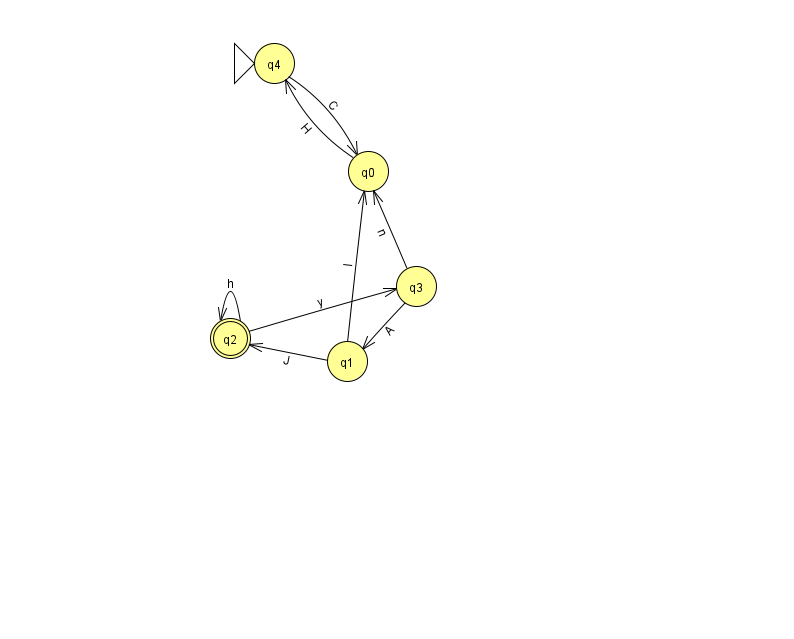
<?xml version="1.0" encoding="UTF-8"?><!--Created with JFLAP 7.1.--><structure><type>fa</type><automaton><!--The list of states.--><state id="0" name="q0"><x>368.0</x><y>158.0</y></state><state id="1" name="q1"><x>347.0</x><y>348.0</y></state><state id="2" name="q2"><x>230.0</x><y>325.0</y><final/></state><state id="3" name="q3"><x>416.0</x><y>273.0</y></state><state id="4" name="q4"><x>274.0</x><y>50.0</y><initial/></state><!--The list of transitions.--><transition><from>0</from><to>4</to><read>H</read></transition><transition><from>2</from><to>3</to><read>y</read></transition><transition><from>3</from><to>0</to><read>n</read></transition><transition><from>2</from><to>2</to><read>h</read></transition><transition><from>3</from><to>1</to><read>A</read></transition><transition><from>4</from><to>0</to><read>C</read></transition><transition><from>1</from><to>0</to><read>I</read></transition><transition><from>1</from><to>2</to><read>J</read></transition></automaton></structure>